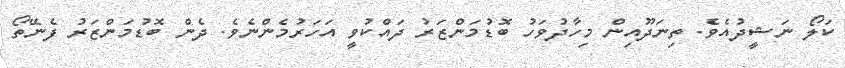
ކަލޯ ނަޝީދުއެވެ. ތިނަދޫއިން މިހާދުވަހު ބޮޑުމަންޒަރު ދައްކުވީ އަހަރުމެންނެވެ. ދެން ބޮޑުމަންޒަރު ފެނޭތޯ